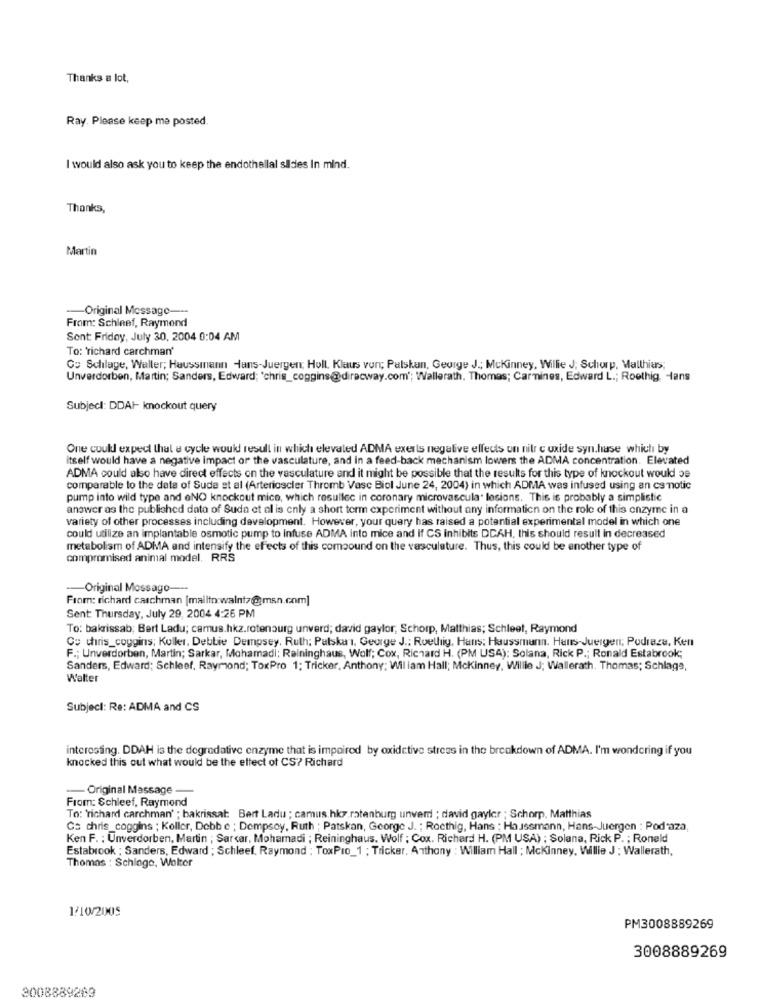
Thanks a lot,
Ray. Please keep me posted.
I would also ask you to keep the endothallal sildes In mind.
Thanks,
Martin
-Original Message ---
From: Schleef, Raymond
Sont Friday, July 30, 2004 0:04 AM
To: 'richard carchman'
Co Schlage, Waller; Haussmann Hans-Juergen; Holl. Klaus von; Palskan, George J .; Mckinney, Willie J; Schorp. Matthias;
Unverdorben, Martin; Sanders, Edward; 'chris_coggins@direcway.com'; Wallerath. Thomas; Carmines, Edward L .; Roothig, Hans
Subject: DDAI- knockout query
One could expect that a cycle would result in which elevated ADMA exerts negative effects on nitr c oxide syn.huse which by
itself would have a negative impact or the vasculature, and in a feed-back mechanism lowers the ADMA concentration. Elevated
ADMA could also have direct effects on the vasculature and it might be possible that the results for this type of knockout would be
comparable to the date of Sude et al (Arterioscler Thromb Vasc Biol June 24, 2004) in which ADMA was infused using an cs motic
pump into wild type and oNO knockout mice, which resullec in coronary microvascular lesions. This is probably a simplistic
answer as the published dato of Suda et al is only a short term experiment without any information on the role of this enzyme in a
variety of other processes including development. However, your query has raised a potential experimental model in which one
could utilize an implantable osmotic pump to infuse ADMA into mice and if CS inhibits DCAH, this should result in decreased
metabolism of ADMA and intensify the effects of this comoound on the vasculature. Thus, this could be another type of
compromised animal model, RRS
-- Original Mossago-
From: richard carchman [mailto:walnt/@msn.com]
Sent: Thursday, July 29, 2004 4:26 PM
To: bakrissab; Bert Ladu; camus.hkz.rotenburg unverd; david gaylor, Schorp, Matthias; Schleet, Raymond
Ce chris_coggins; Kuller, Debbie Dempsey, Ruth; Palskal, George J .; Ruethig, Hans: Haussmann. Hans-Juergen; Podraze, Ken
F .; Unverdorben, Martin; Sarkar, Mohamadi: Raininghaus, Wolf; Cox, Richard H. (PM USA): Solana, Rick P .; Ronald Estabrook;
Sanders, Edward; Schleef, Raymond; ToxPro 1; Tricker, Anthony; Wil lam Hall; Mckinney, Willie J; Wallerath. Thomas; Schlage,
Walter
Subject: Re: ADMA and CS
interesting. DDAH is the degradative enzyme that is impaired by oxidctive stress in the breakdown of ADMA. I'm wondering if you
knocked this out what would be the effect of CS? Richard
- Original Message
From: Schleef, Raymond
To: 'richard carchman' ; bakrissal: Bert Ladu ; camus.hkz.rotenburg unverd ; david gayler ; Schorp. Matthias
Cs chris_coggins ; Keller, Debb e ; Dempsey, Ruth ; Patskan, George J. ; Rocthig, Hans ; Haussmann, Hans-Juergen : Podaza,
Ken F. : Unverdorben, Martin ; Sarcar, Mohamadi ; Reininghaus. Wolf ; Cox. Richard H. (PM USA) ; Solana, Rick P. ; Ronald
Estabrook ; Sanders, Edward ; Schleef. Raymond : ToxPro_1 ; Tricker, Anthony : William Hall ; Mckinney, Willie J : Wallerath,
Thomas : Schlage, Woker
1/10/2005
PM3008889269
3008889269
2008889263